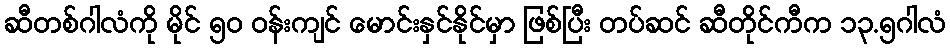
ဆီတစ်ဂါလံကို မိုင် ၅၀ ဝန်းကျင် မောင်းနှင်နိုင်မှာ ဖြစ်ပြီး တပ်ဆင် ဆီတိုင်ကီက ၁၃.၅ဂါလံ